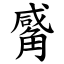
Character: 觱